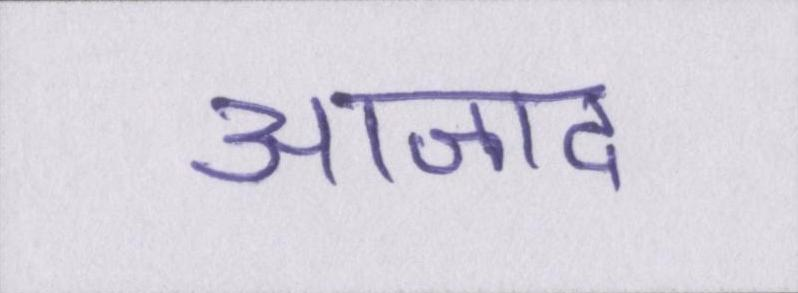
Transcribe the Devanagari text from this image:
आजाद